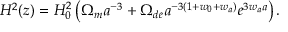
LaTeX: H ^ { 2 } ( z ) = H _ { 0 } ^ { 2 } \left( \Omega _ { m } a ^ { - 3 } + \Omega _ { d e } a ^ { - 3 \left( 1 + w _ { 0 } + w _ { a } \right) } e ^ { 3 w _ { a } a } \right) .